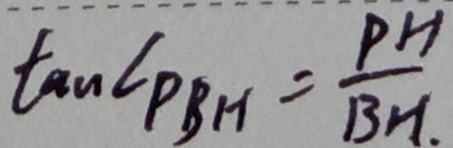
\tan \angle P B H = \frac { P H } { B H . }